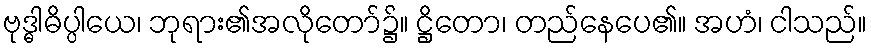
ဗုဒ္ဓါဓိပ္ပါယေ၊ ဘုရား၏အလိုတော်၌။ ဋ္ဌိတော၊ တည်နေပေ၏။ အဟံ၊ ငါသည်။